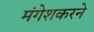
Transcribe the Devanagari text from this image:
मंगेशकरने